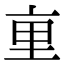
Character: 𫟯